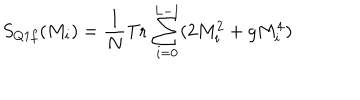
LaTeX: S _ { Q 1 f } ( M _ { i } ) = \frac { 1 } { N } \mathrm { T r } \, \sum _ { i = 0 } ^ { L - 1 } ( 2 M _ { i } ^ { 2 } + g M _ { i } ^ { 4 } )